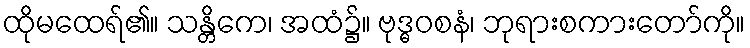
ထိုမထေရ်၏။ သန္တိကေ၊ အထံ၌။ ဗုဒ္ဓဝစနံ၊ ဘုရားစကားတော်ကို။